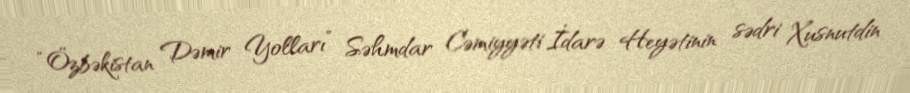
“Özbəkistan Dəmir Yolları” Səhmdar Cəmiyyəti İdarə Heyətinin sədri Xusnutdin